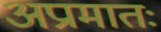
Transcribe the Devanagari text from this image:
अप्रामातः